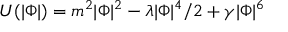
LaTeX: U ( | \Phi | ) = m ^ { 2 } | \Phi | ^ { 2 } - \lambda | \Phi | ^ { 4 } / 2 + \gamma | \Phi | ^ { 6 }